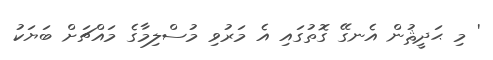
' މި ޙަދީޘުން އެނގޭ ގޮތުގައި އެ މަރުވި މުސްލިމާގެ މައްޗަށް ބަޔަކު